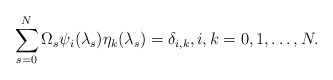
\begin{align*}\sum_{s=0}^{N}\Omega_s\psi_i(\lambda_s)\eta_k(\lambda_s)=\delta_{i,k}, i,k=0,1,\ldots,N.\end{align*}